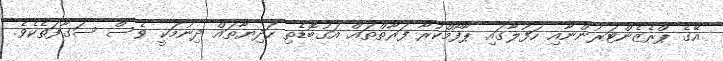
އޭގެ ޕްރެޒެންޓަރުންނާއި ހަފުލާގައި ޕާފޯމްކުރާ ފަރާތްތައް އަގުބޮޑެތި ހަދިޔާތައް ދިނުމަކީ ވެސް ސަގާފަތެކެވެ.